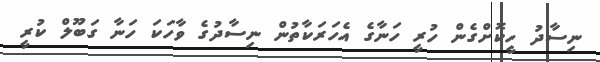
ނިސާދު ހީކޮށްގެން ހުރީ ހަނާގެ އެހަރަކާތުން ނިސާދުގެ ވާހަކަ ހަނާ ގަބޫލް ކުރީ